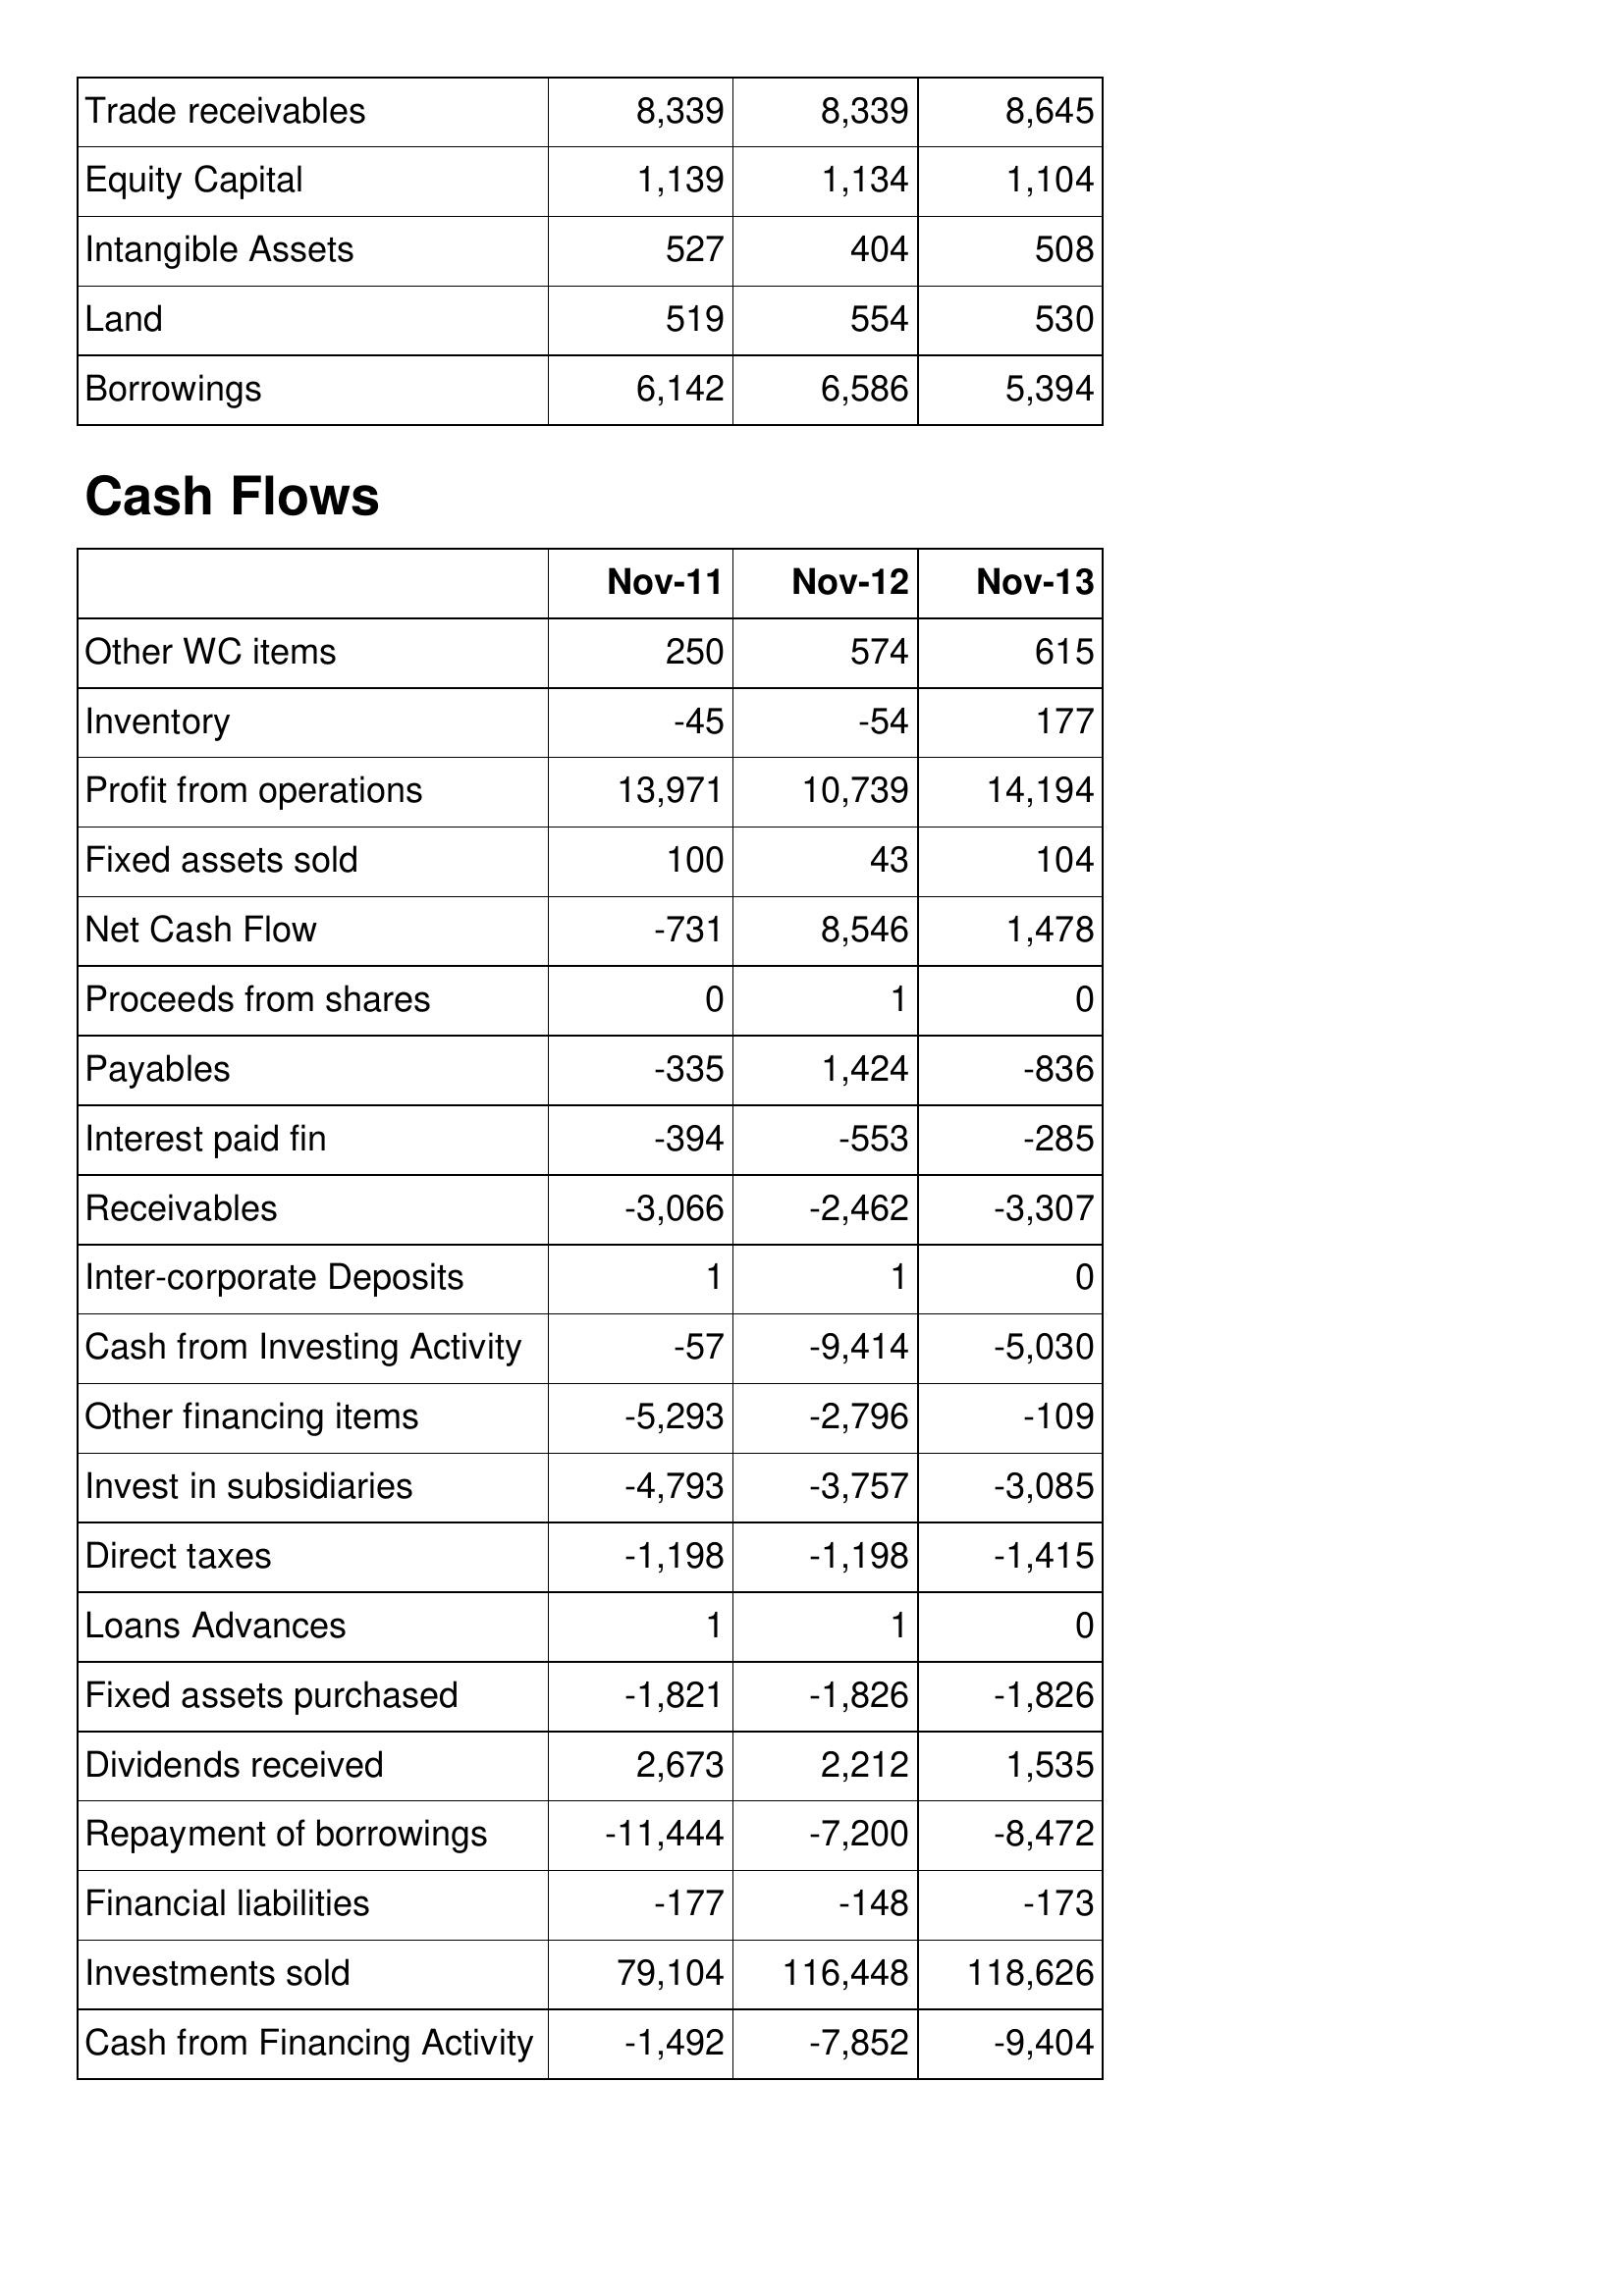
Nov-11: Balance Sheet: Trade receivables: 8,339
Equity Capital: 1,139
Intangible Assets: 527
Land: 519
Borrowings: 6,142
Cash Flows: Other WC items: 250
Inventory: -45
Profit from operations: 13,971
Fixed assets sold: 100
Net Cash Flow: -731
Proceeds from shares: 0
Payables: -335
Interest paid fin: -394
Receivables: -3,066
Inter-corporate Deposits: 1
Cash from Investing Activity: -57
Other financing items: -5,293
Invest in subsidiaries: -4,793
Direct taxes: -1,198
Loans Advances: 1
Fixed assets purchased: -1,821
Dividends received: 2,673
Repayment of borrowings: -11,444
Financial liabilities: -177
Investments sold: 79,104
Cash from Financing Activity: -1,492
Nov-12: Balance Sheet: Trade receivables: 8,339
Equity Capital: 1,134
Intangible Assets: 404
Land: 554
Borrowings: 6,586
Cash Flows: Other WC items: 574
Inventory: -54
Profit from operations: 10,739
Fixed assets sold: 43
Net Cash Flow: 8,546
Proceeds from shares: 1
Payables: 1,424
Interest paid fin: -553
Receivables: -2,462
Inter-corporate Deposits: 1
Cash from Investing Activity: -9,414
Other financing items: -2,796
Invest in subsidiaries: -3,757
Direct taxes: -1,198
Loans Advances: 1
Fixed assets purchased: -1,826
Dividends received: 2,212
Repayment of borrowings: -7,200
Financial liabilities: -148
Investments sold: 116,448
Cash from Financing Activity: -7,852
Nov-13: Balance Sheet: Trade receivables: 8,645
Equity Capital: 1,104
Intangible Assets: 508
Land: 530
Borrowings: 5,394
Cash Flows: Other WC items: 615
Inventory: 177
Profit from operations: 14,194
Fixed assets sold: 104
Net Cash Flow: 1,478
Proceeds from shares: 0
Payables: -836
Interest paid fin: -285
Receivables: -3,307
Inter-corporate Deposits: 0
Cash from Investing Activity: -5,030
Other financing items: -109
Invest in subsidiaries: -3,085
Direct taxes: -1,415
Loans Advances: 0
Fixed assets purchased: -1,826
Dividends received: 1,535
Repayment of borrowings: -8,472
Financial liabilities: -173
Investments sold: 118,626
Cash from Financing Activity: -9,404